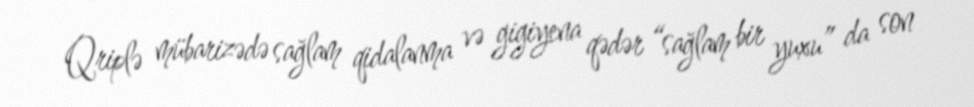
Qriplə mübarizədə sağlam qidalanma və gigiyena qədər “sağlam bir yuxu” da son